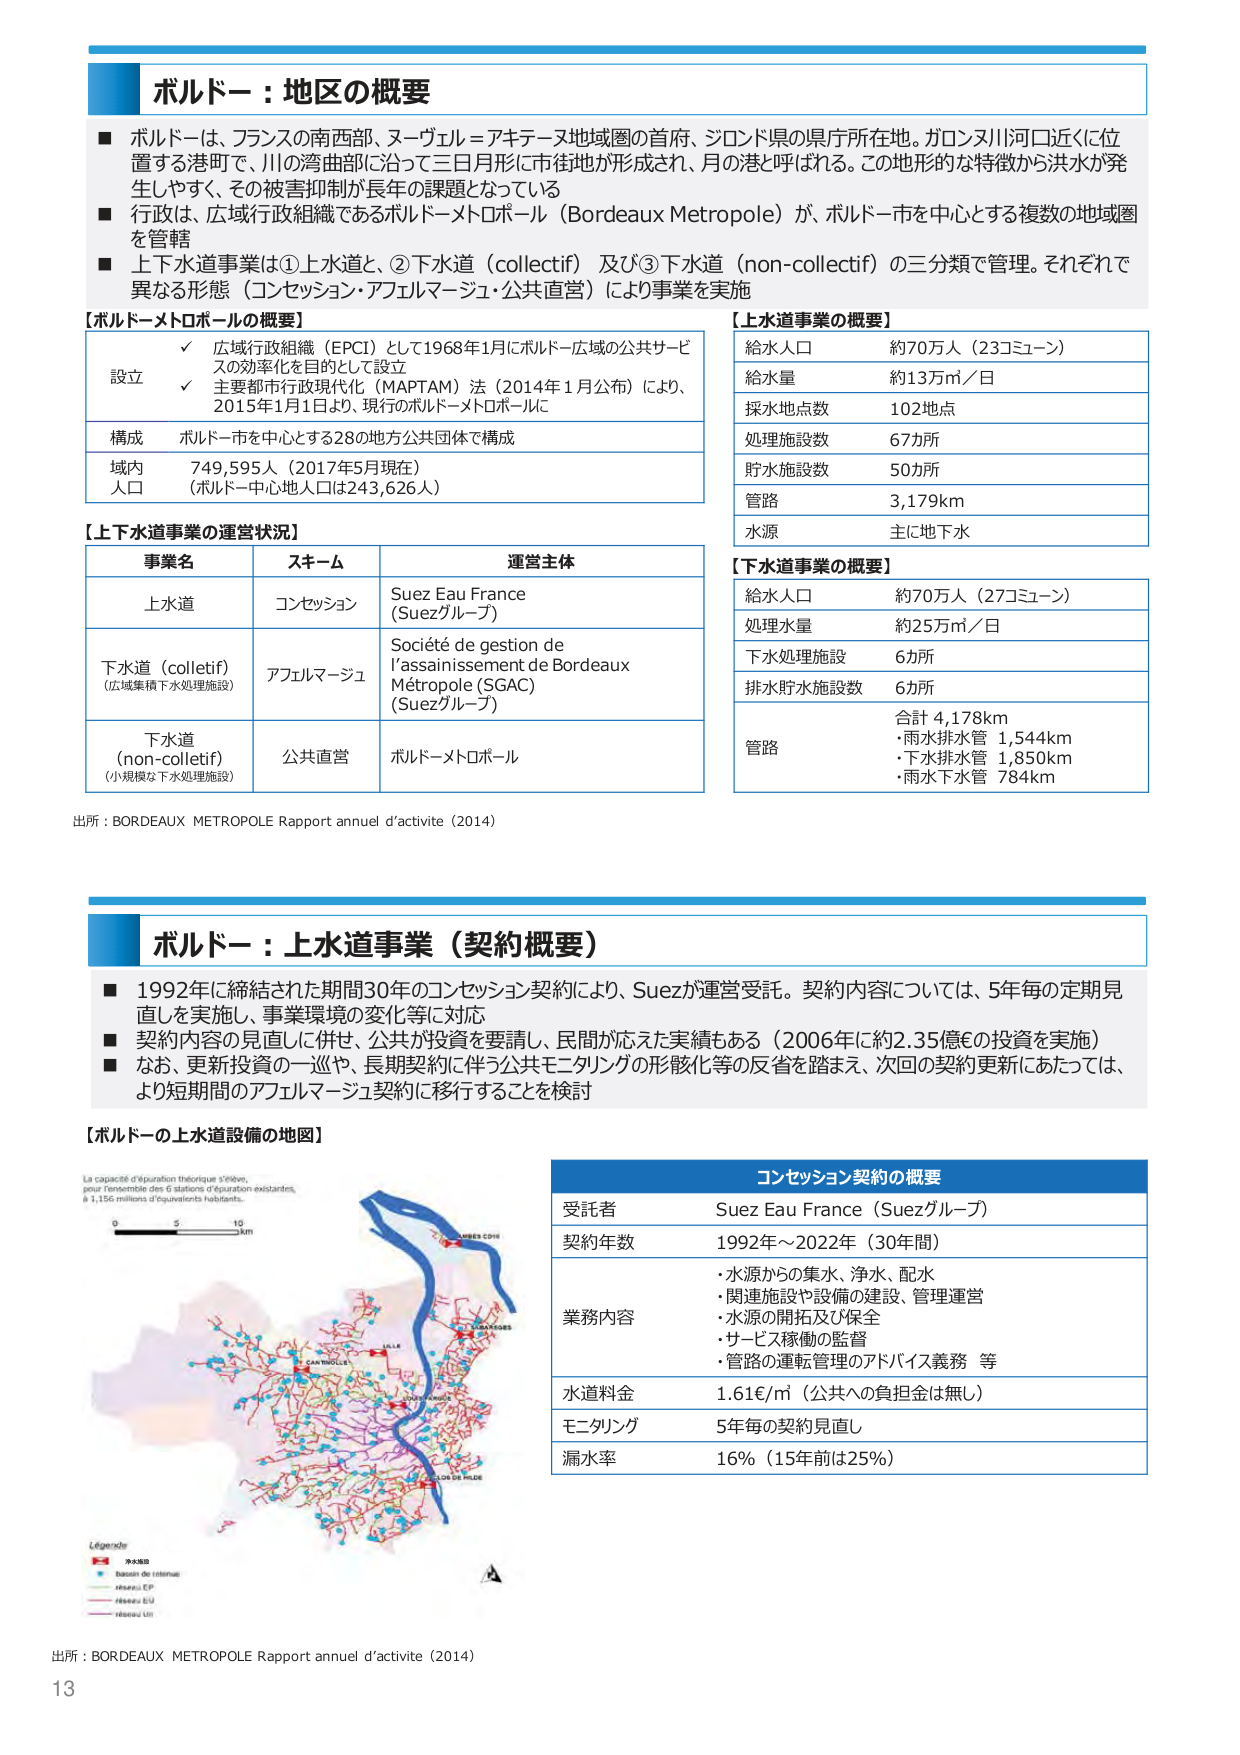
ボルドー：地区の概要

■ ボルドーは、フランスの南西部、ヌーヴェル＝アキテーヌ地域圏の首府、ジロンド県の県庁所在地。ガロンヌ川河口近くに位置する港町で、川の湾曲部に沿って三日月形に市街地が形成され、月の港と呼ばれる。この地形的な特徴から洪水が発生しやすく、その被害抑制が長年の課題となっている

■ 行政は、広域行政組織であるボルドーメトロポール（Bordeaux Metropole）が、ボルドー市を中心とする複数の地域圏を管轄

■ 上下水道事業は①上水道と、②下水道（collectif）及び③下水道（non-collectif）の三分類で管理。それぞれで異なる形態（コンセッション・アフェルマージュ・公共直営）により事業を実施

【ボルドーメトロポールの概要】

設立
✓ 広域行政組織（EPCI）として1968年1月にボルドー広域の公共サービスの効率化を目的として設立
✓ 主要都市行政現代化（MAPTAM）法（2014年1月公布）により、2015年1月1日より、現行のボルドーメトロポールに

構成 ボルドー市を中心とする28の地方公共団体で構成

域内人口 749,595人（2017年5月現在）（ボルドー中心地人口は243,626人）

【上水道事業の概要】

給水人口 約70万人（23コミューン）
給水量 約13万㎥／日
採水地点数 102地点
処理施設数 67カ所
貯水施設数 50カ所
管路 3,179km
水源 主に地下水

【上下水道事業の運営状況】

事業名 スキーム 運営主体
上水道 コンセッション Suez Eau France（Suezグループ）
下水道（collectif）（広域集積下水処理施設） アフェルマージュ Société de gestion de l’assainissement de Bordeaux Métropole（SGAC）（Suezグループ）
下水道（non-collectif）（小規模な下水処理施設） 公共直営 ボルドーメトロポール

【下水道事業の概要】

給水人口 約70万人（27コミューン）
処理水量 約25万㎥／日
下水処理施設 6カ所
排水貯水施設数 6カ所
管路 合計 4,178km
・雨水排水管 1,544km
・下水排水管 1,850km
・雨水下水管 784km

出所：BORDEAUX METROPOLE Rapport annuel d’activite（2014）

ボルドー：上水道事業（契約概要）

■ 1992年に締結された期間30年のコンセッション契約により、Suezが運営受託。契約内容については、5年毎の定期見直しを実施し、事業環境の変化等に対応

■ 契約内容の見直しに併せ、公共が投資を要請し、民間が応えた実績もある（2006年に約2.35億€の投資を実施）

■ なお、更新投資の一巡や、長期契約に伴う公共モニタリングの形骸化等の反省を踏まえ、次回の契約更新にあたっては、より短期間のアフェルマージュ契約に移行することを検討

【ボルドーの上水道設備の地図】

La capacité d’épuration théorique s’élève, pour l’ensemble des 6 stations d’épuration existantes, à 1,156 millions d’équivalents habitants.

0 5 10 km

Légende
Bassin de rétention
réseau EP
réseau EU
réseau Lin

コンセッション契約の概要

受託者 Suez Eau France（Suezグループ）
契約年数 1992年～2022年（30年間）
業務内容
・水源からの集水、浄水、配水
・関連施設や設備の建設、管理運営
・水源の開拓及び保全
・サービス稼働の監督
・管路の運転管理のアドバイス義務 等
水道料金 1.61€/㎥（公共への負担金は無し）
モニタリング 5年毎の契約見直し
漏水率 16%（15年前は25%）

出所：BORDEAUX METROPOLE Rapport annuel d’activite（2014）
13